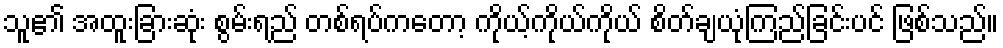
သူ၏ အထူးခြားဆုံး စွမ်းရည် တစ်ရပ်ကတော့ ကိုယ့်ကိုယ်ကိုယ် စိတ်ချယုံကြည်ခြင်းပင် ဖြစ်သည်။